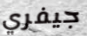
جيفري